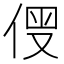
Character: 𠊗